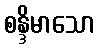
စန္ဒိမာသော